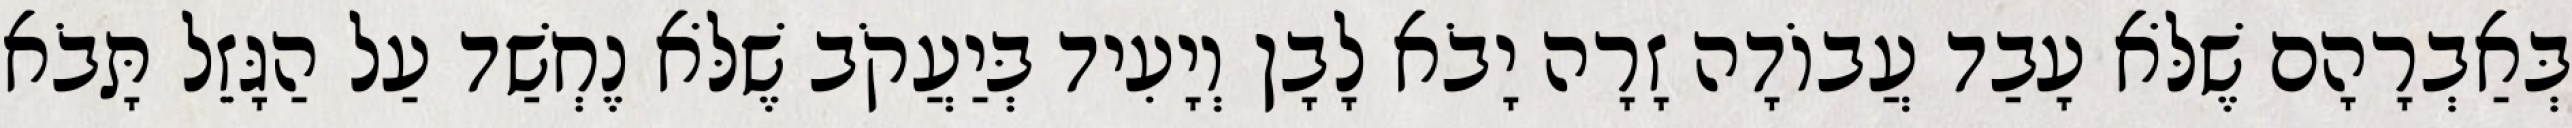
בְּאַבְרָהָם שֶׁלֹּא עָבַד עֲבוֹדָה זָרָה יָבֹא לָבָן וְיָעִיד בְּיַעֲקֹב שֶׁלֹּא נֶחְשַׁד עַל הַגָּזֵל תָּבֹא